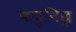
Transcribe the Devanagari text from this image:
फबुनिछ्